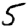
Digit: 5